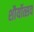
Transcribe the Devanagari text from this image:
शौर्योत्सव